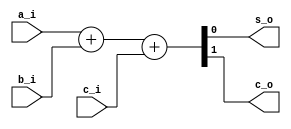
`timescale 1ns / 1ns

module FA(
    input a_i,
    input b_i,
    input c_i,

    output s_o,
    output c_o);

    assign {c_o, s_o} = a_i + b_i + c_i;

endmodule